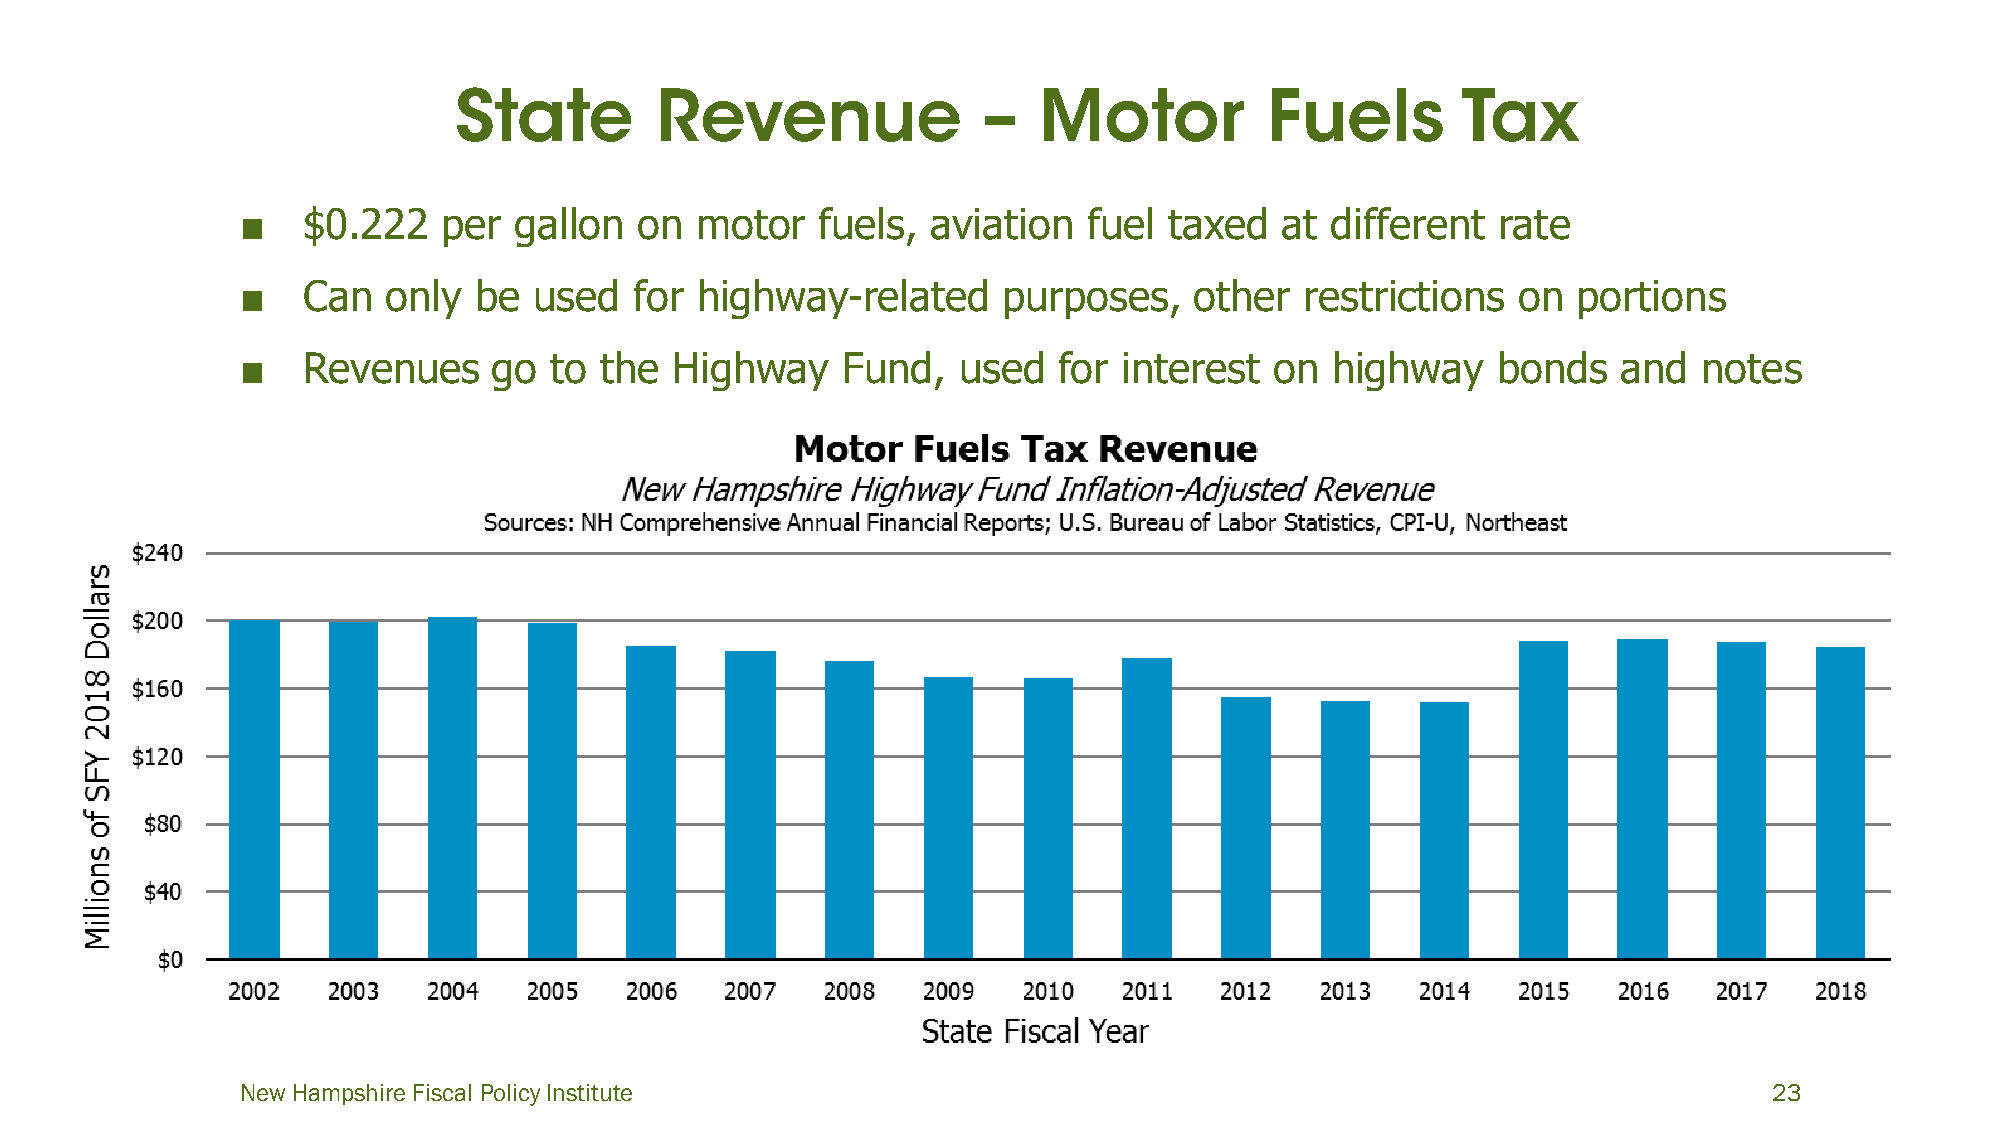
■   $0.222   per  gallon  on  motor   fuels,  aviation  fuel taxed   at different  rate
 ■   Can   only be  used   for highway-related     purposes,    other  restrictions  on  portions
 ■   Revenues     go to  the  Highway    Fund,  used   for interest  on  highway    bonds   and   notes
 New Hampshire Fiscal Policy Institute                                                                23